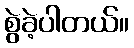
စွဲခဲ့ပါတယ်။